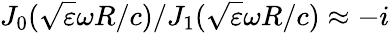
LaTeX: J_{0}(\sqrt{\varepsilon}\omega R/c)/J_{1}(\sqrt{\varepsilon}\omega R/c)\approx-i